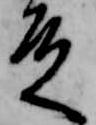
殿